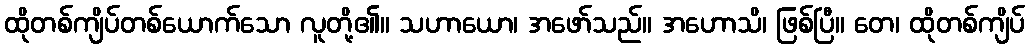
ထိုတစ်ကျိပ်တစ်ယောက်သော လူတို့၏။ သဟာယော၊ အဖော်သည်။ အဟောသိ၊ ဖြစ်ပြီ။ တေ၊ ထိုတစ်ကျိပ်